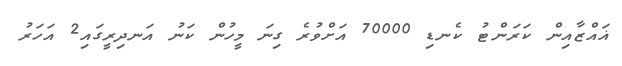
ޣައްޒާއިން ކަރަންޓު ކެނޑި 70000 އަށްވުރެ ގިނަ މީހުން ކަނު އަނދިރީގައި2 އަހަރު